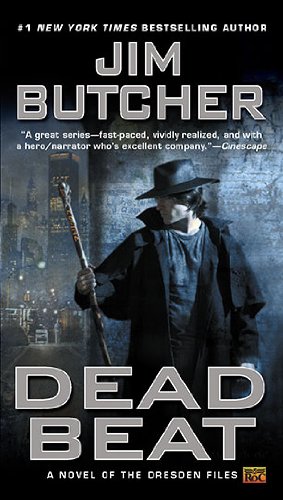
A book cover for Dead Beat (The Dresden Files, Book 7); Jim Butcher; Science Fiction & Fantasy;